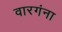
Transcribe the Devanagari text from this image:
वारगंना